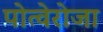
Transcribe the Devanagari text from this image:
पोत्वेरोजा